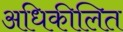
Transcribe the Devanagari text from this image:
अधिकीलित